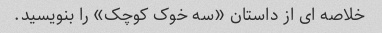
خلاصه ای از داستان «سه خوک کوچک» را بنویسید.